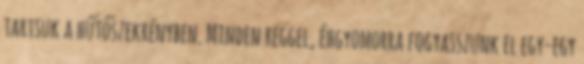
tartsuk a hűtőszekrényben. Minden reggel, éhgyomorra fogyasszunk el egy-egy